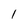
Character: l